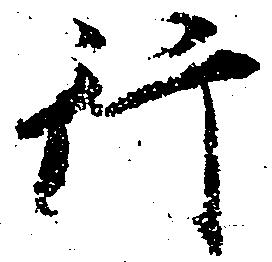
行